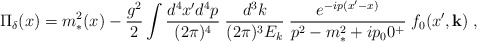
\begin{align*}\Pi_{\delta}(x) = m_*^2(x) - { g^2 \over 2} \int {d^4 x' d^4 p \over (2\pi )^4}\; {d^3 k \over (2\pi )^3 E_k} \; {e^{-ip(x'-x)} \over p^2 - m_*^2 + ip_00^+} \; f_0(x',{\bf k}) \;,\end{align*}